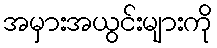
အမှားအယွင်းများကို